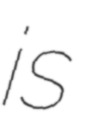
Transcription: is